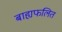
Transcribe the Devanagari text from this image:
बाह्यफलित